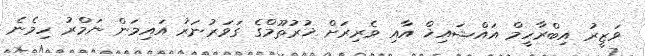
ވަޒީރު އިބްރާހީމް އައްޝައިޚް އާއި ވެރިރަށް ޚުރުތޫމްގެ ގަވަރުނަރު އައިމަން ނަމްރު ހިމެނެ